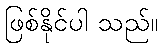
ဖြစ်နိုင်ပါ သည်။